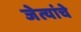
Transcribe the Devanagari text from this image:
जेत्यांचे